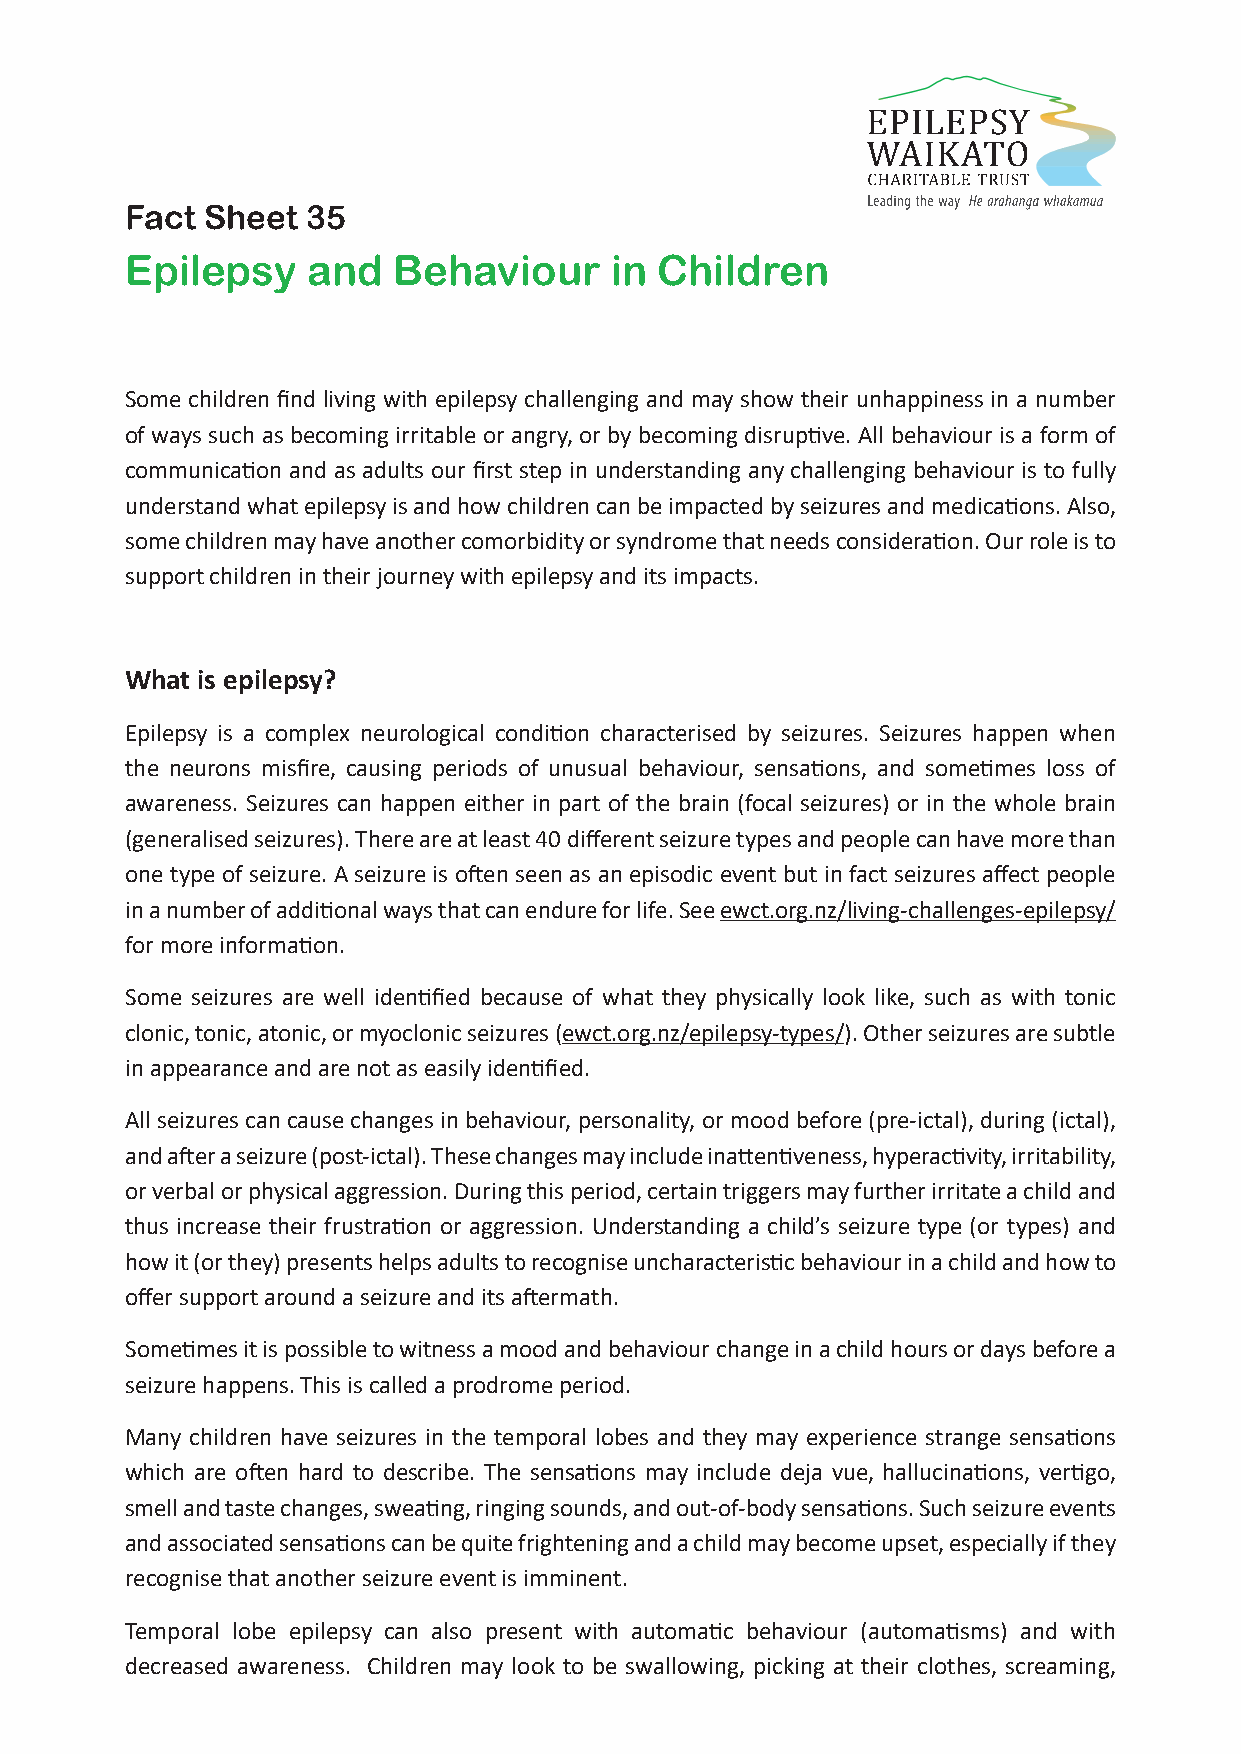
Fact  Sheet 35
 Epilepsy    and   Behaviour     in Children
 Some children find living with epilepsy challenging and may show their unhappiness in a number
 of ways such as becoming irritable or angry, or by becoming disruptive. All behaviour is a form of
 communication and as adults our first step in understanding any challenging behaviour is to fully
 understand what epilepsy is and how children can be impacted by seizures and medications. Also,
 some children may have another comorbidity or syndrome that needs consideration. Our role is to
 support children in their journey with epilepsy and its impacts.
 What is epilepsy?
 Epilepsy is a complex neurological condition characterised by seizures. Seizures happen when
 the neurons misfire, causing periods of unusual behaviour, sensations, and sometimes loss of
 awareness. Seizures can happen either in part of the brain (focal seizures) or in the whole brain
 (generalised seizures). There are at least 40 different seizure types and people can have more than
 one type of seizure. A seizure is often seen as an episodic event but in fact seizures affect people
 in a number of additional ways that can endure for life. See ewct.org.nz/living-challenges-epilepsy/
 for more information.
 Some seizures are well identified because of what they physically look like, such as with tonic
 clonic, tonic, atonic, or myoclonic seizures (ewct.org.nz/epilepsy-types/). Other seizures are subtle
 in appearance and are not as easily identified.
 All seizures can cause changes in behaviour, personality, or mood before (pre-ictal), during (ictal),
 and after a seizure (post-ictal). These changes may include inattentiveness, hyperactivity, irritability,
 or verbal or physical aggression. During this period, certain triggers may further irritate a child and
 thus increase their frustration or aggression. Understanding a child’s seizure type (or types) and
 how it (or they) presents helps adults to recognise uncharacteristic behaviour in a child and how to
 offer support around a seizure and its aftermath.
 Sometimes it is possible to witness a mood and behaviour change in a child hours or days before a
 seizure happens. This is called a prodrome period.
 Many children have seizures in the temporal lobes and they may experience strange sensations
 which are often hard to describe. The sensations may include deja vue, hallucinations, vertigo,
 smell and taste changes, sweating, ringing sounds, and out-of-body sensations. Such seizure events
 and associated sensations can be quite frightening and a child may become upset, especially if they
 recognise that another seizure event is imminent.
 Temporal lobe epilepsy can also present with automatic behaviour (automatisms) and with
 decreased awareness. Children may look to be swallowing, picking at their clothes, screaming,